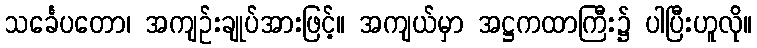
သင်္ခေပတော၊ အကျဉ်းချုပ်အားဖြင့်။ အကျယ်မှာ အဋ္ဌကထာကြီး၌ ပါပြီးဟူလို။